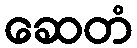
ဆေတံ